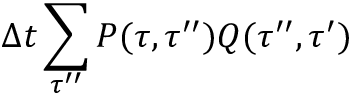
\Delta t \sum _ { \tau ^ { \prime \prime } } P ( \tau , \tau ^ { \prime \prime } ) Q ( \tau ^ { \prime \prime } , \tau ^ { \prime } )